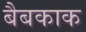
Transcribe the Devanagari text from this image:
बैबकाक